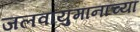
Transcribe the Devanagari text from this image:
जलवायुमानाच्या